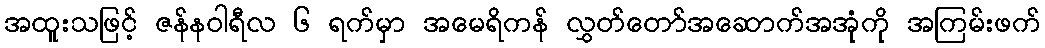
အထူးသဖြင့် ဇန်နဝါရီလ ၆ ရက်မှာ အမေရိကန် လွှတ်တော်အဆောက်အအုံကို အကြမ်းဖက်